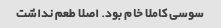
سوسی کاملا خام بود. اصلا طعم نداشت